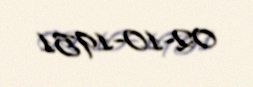
02-10-1951